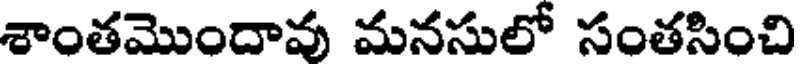
శాంతమొందావు మనసులో సంతసించి